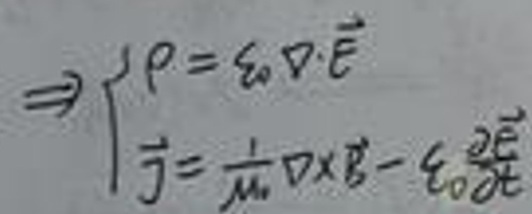
\[\Rightarrow \left\{ \begin{array}{l}   { l } { J = \sigma D \cdot \vec { E } } \\ { \vec { J } = \frac { 1 } { \mu _ { 0 } } \nabla \times \vec { B } - \varepsilon _ { 0 } \frac { \partial \vec { E } } { \partial t } } \end{array} \right.\]